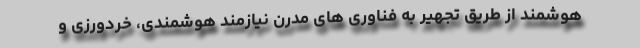
هوشمند از طریق تجهیر به فناوری های مدرن نیازمند هوشمندی، خردورزی و